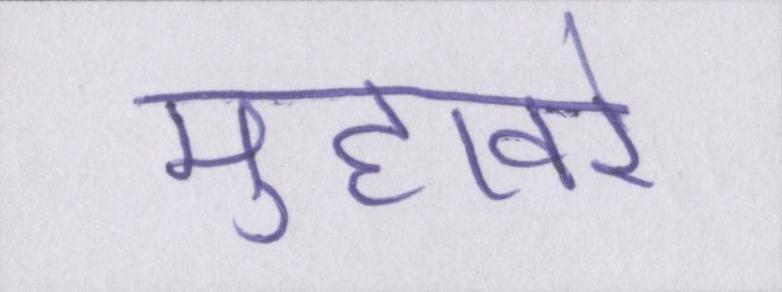
मुहावरे